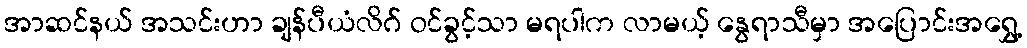
အာဆင်နယ် အသင်းဟာ ချန်ပီယံလိဂ် ဝင်ခွင့်သာ မရပါက လာမယ့် နွေရာသီမှာ အပြောင်းအရွှေ့